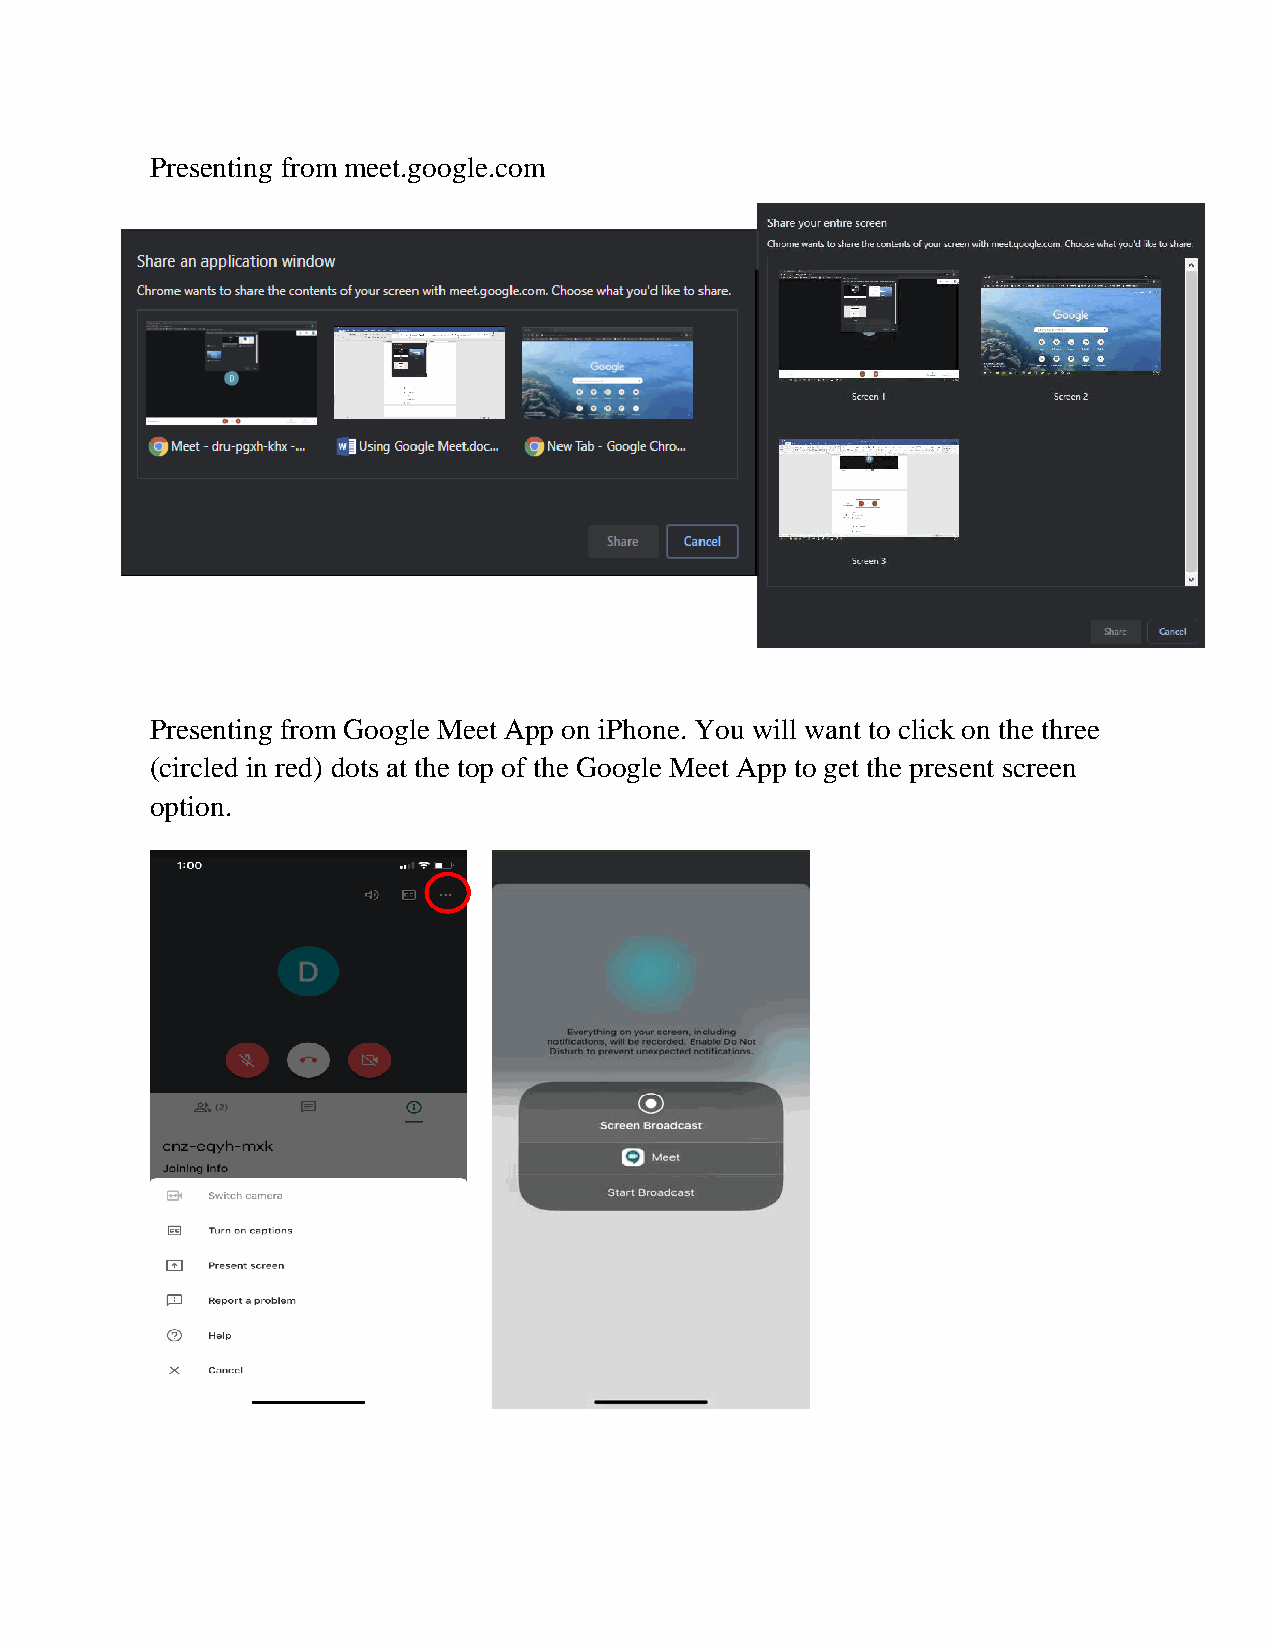
Presenting from meet.google.com
 Presenting from Google Meet App on iPhone. You will want to click on the three
 (circled in red) dots at the top of the Google Meet App to get the present screen
 option.